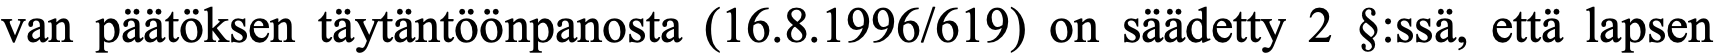
van päätöksen täytäntöönpanosta (16.8.1996/619) on säädetty 2 §:ssä, että lapsen